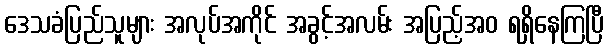
ဒေသခံပြည်သူများ အလုပ်အကိုင် အခွင့်အလမ်း အပြည့်အဝ ရရှိနေကြပြီ